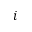
i